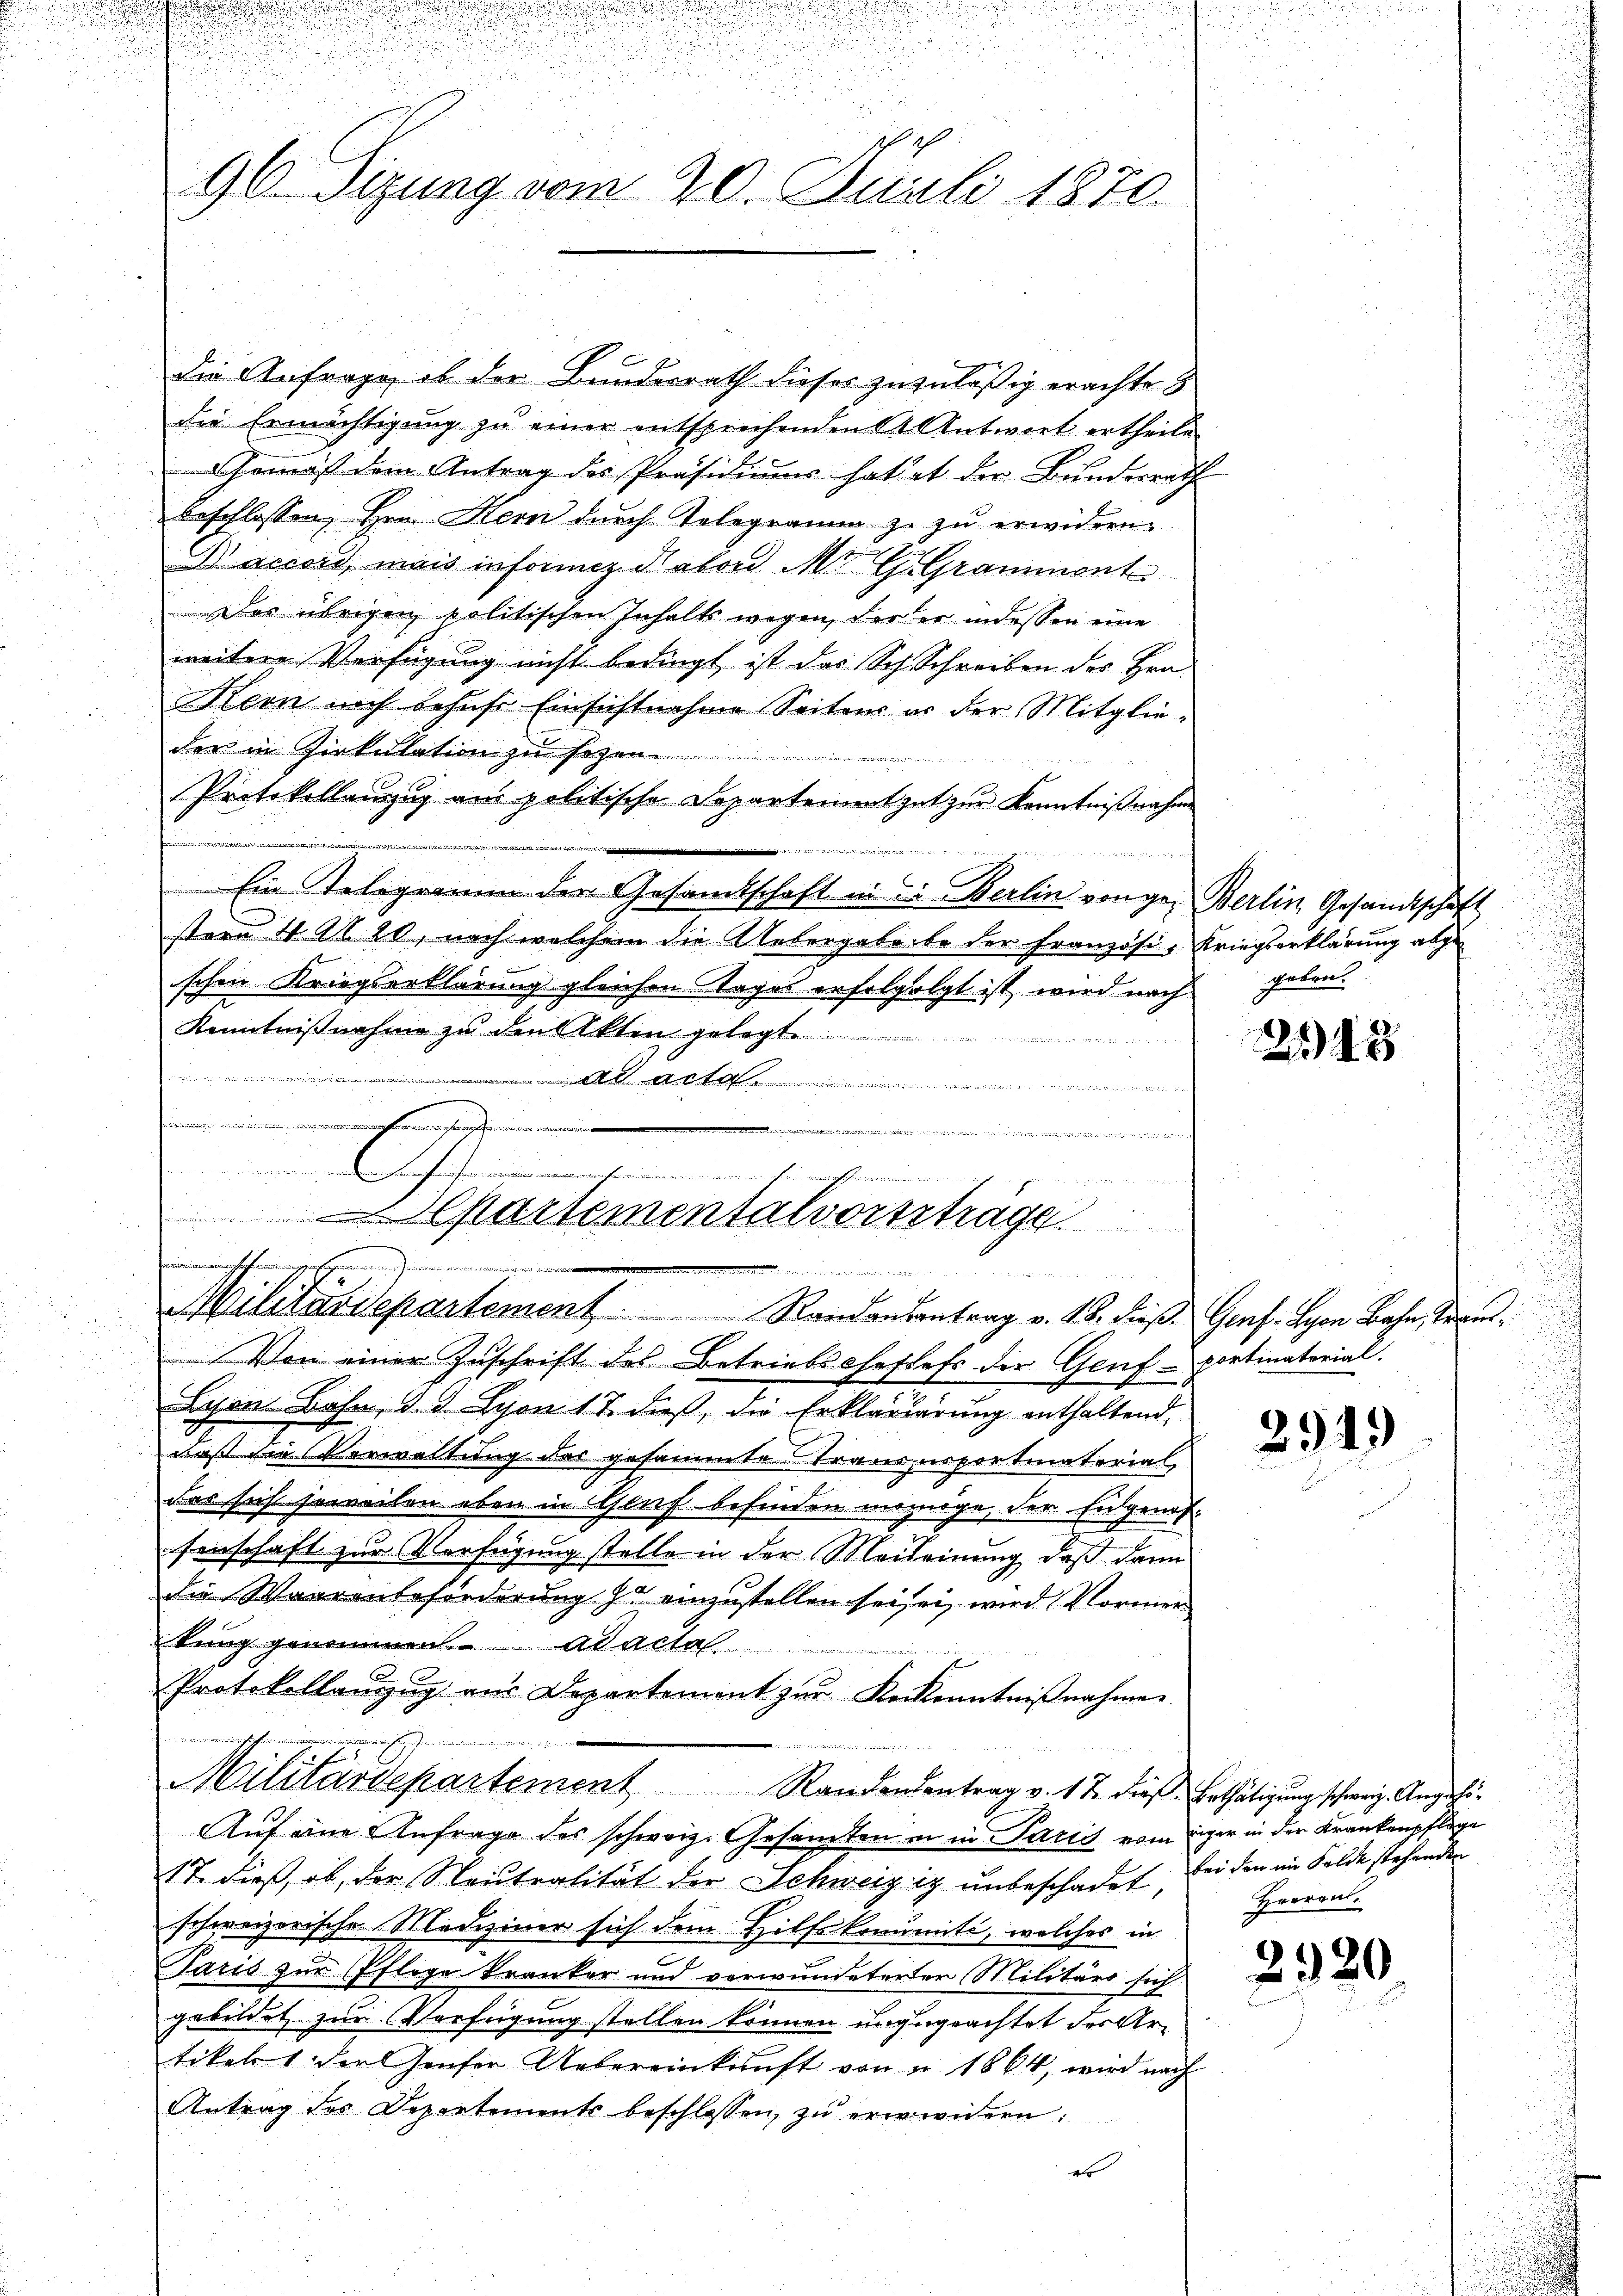
n

d
n die

96. Sitzung vom 20. Juli 1870.

die Anfrage, ob der Bundesrath dieses zuzuläßig erachte
die Ermächtigung zŭ einer entsprechenden St. Antwort ertheile
Gemäß dem Antrag des Präsidium hat et der Bunderrath
beschlossen, Hrn. Kern durch Telegramm zu zu erwidern.
N accord mais inforicz diabord M. G. Gramment
Des übrigen politischen Inhalts wegen, der er indessen eine
weitere Verfügung nicht bedingt ist das Sch. Schreiben des Hrn.
Kern noch behufe Einsichtnahme Seitens er der Mitglieder in Zirkulation zu sezen.
Protokollenzug aus politische Departement gut zur Kenntnißnahm

Ein Telegramm der Gesandtschaft in die Berlin vorgen Berlin Gesandtschaft
stern 4 Al. 20, nach welchem die Uebergabe be der Französi-Kriegserklärung abgeschen Kriegserklärung gleichen Tages erfolgolgt ist, wird nach geben.
Kenntnißnahme zu den Akten gelegt
tcommungen den
A Akte
............
.
............
d
Chartementalvortsträge.

.
iinen
E
Militärdepartement.  ..  Randaŭsantrag v. 18. dieß. Genf. Lyon Bahn, Trans¬

Von einer Zuschrift des Betriebs Gestefs der Genf - portmatorial.
Lyon Bahn, d. d. Lyon 17. dieß, die Erkläriärung enthaltend
daß die Verwaltung der gesammte Transportmaterial
Das sich soweiten eben in Glut befinden womöge, der Engenossenschaft zur Verfügung stelle in der Meileinung, daß dann
die Waarenbeforderung zu einzustellen sei sei, wird Vormer
tung genommen ad acta
Protokollanzŭg aŭs Departement zur Kerkenntniβnahmen.
veransige sie meindenden 18

Militärdepartement Randendentrag v. 12. dies Bethätigung schweiz. Angehö¬
Auf eine Anfrage des schweiz. Gesamten in in Paris vom ger in der Krankenpflege
17. dieß, ob, der Neutralität der Schweiz is unbeschadet, bei den im Felde stehenden
schweizerische Mediziner sich dem Hilfskommiti, welches in
Paris zur Pflege kranker und verwundeterer Militärs sich
gebildet zur Verfügung stellen können ungegrachtet des Artikel 1 den Hauser Uebereinkunft von u. 1864, wird nach
Antrag des Departements beschlossen, zu erwidern:
a

2148

291.)

Harraus.

2920